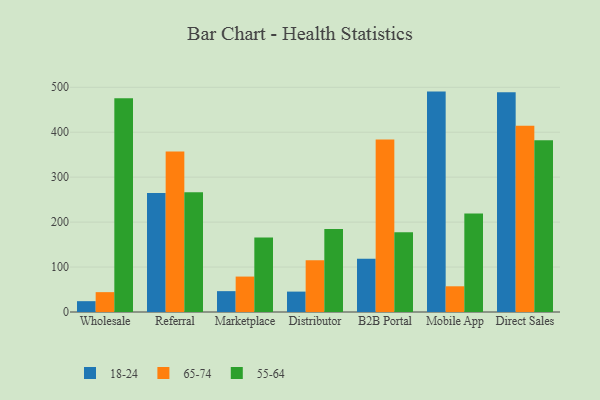
{"axis": {"x": "Channel", "y": "Tickets Resolved"}, "legend": ["18-24", "55-64", "65-74"], "data": [{"x": "Wholesale", "y": 24.1, "type": "18-24"}, {"x": "Wholesale", "y": 44.2, "type": "65-74"}, {"x": "Wholesale", "y": 475.6, "type": "55-64"}, {"x": "Referral", "y": 264.9, "type": "18-24"}, {"x": "Referral", "y": 356.9, "type": "65-74"}, {"x": "Referral", "y": 266.6, "type": "55-64"}, {"x": "Marketplace", "y": 46.4, "type": "18-24"}, {"x": "Marketplace", "y": 78.8, "type": "65-74"}, {"x": "Marketplace", "y": 165.5, "type": "55-64"}, {"x": "Distributor", "y": 45.4, "type": "18-24"}, {"x": "Distributor", "y": 115.0, "type": "65-74"}, {"x": "Distributor", "y": 184.8, "type": "55-64"}, {"x": "B2B Portal", "y": 118.6, "type": "18-24"}, {"x": "B2B Portal", "y": 383.7, "type": "65-74"}, {"x": "B2B Portal", "y": 177.4, "type": "55-64"}, {"x": "Mobile App", "y": 490.4, "type": "18-24"}, {"x": "Mobile App", "y": 57.2, "type": "65-74"}, {"x": "Mobile App", "y": 218.9, "type": "55-64"}, {"x": "Direct Sales", "y": 489.2, "type": "18-24"}, {"x": "Direct Sales", "y": 414.5, "type": "65-74"}, {"x": "Direct Sales", "y": 382.2, "type": "55-64"}]}